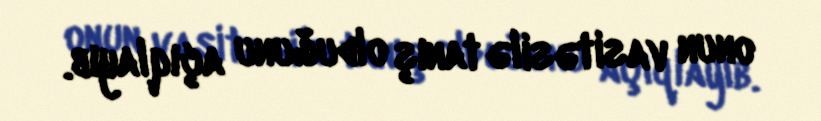
onun vasitəsilə tanış olduğunu açıqlayıb.